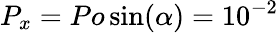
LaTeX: P_{x}=Po\sin(\alpha)=10^{-2}